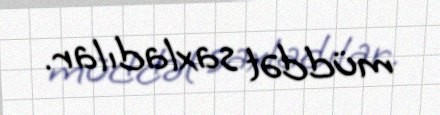
müddət saxladılar.